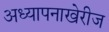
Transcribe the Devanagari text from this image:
अध्यापनाखेरीज